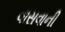
વાસવાની